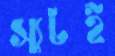
স্যুটই